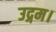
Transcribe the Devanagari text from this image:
उद्गम।